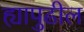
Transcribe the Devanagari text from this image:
ह्यापुढील